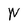
Character: W